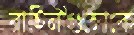
বাহিনীগুলোকে